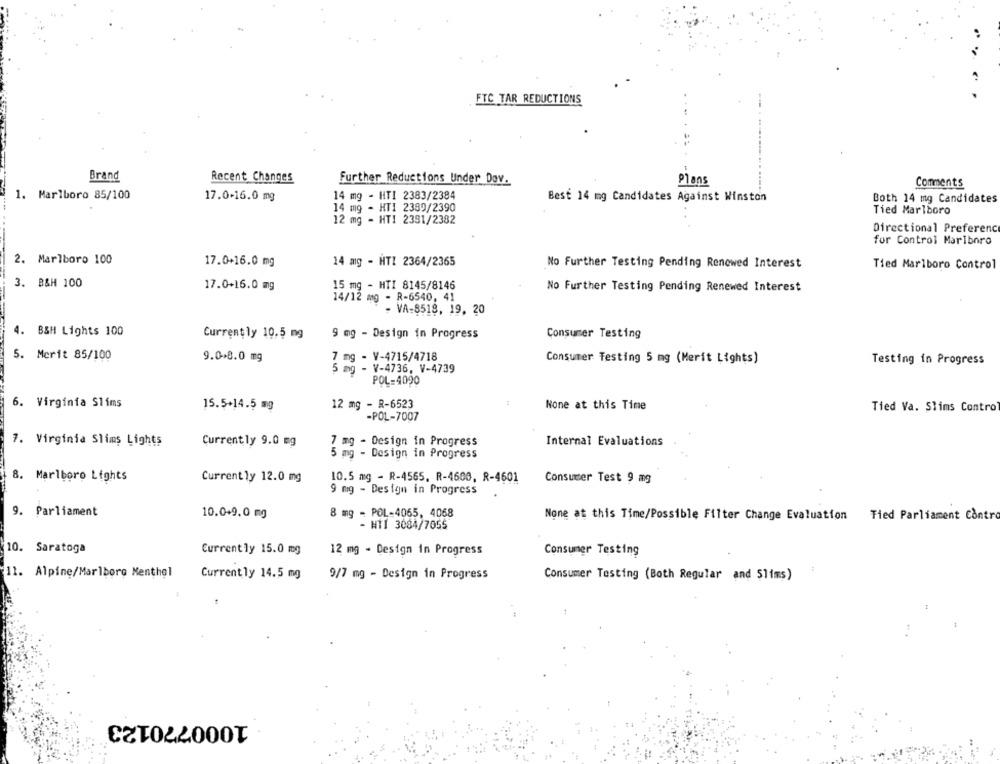
FTC TAR REDUCTIONS
Brand
Recent Changes
Further Reductions Under Dov.
Plans
Comments
1. Marlboro 85/100
17.0-16.0 mg
14 mg - HTI 2383/2384
Best 14 mg Candidates Against Winston
Both 14 mg Candidates
14 mg - HTI 2389/2390
Tied Marlboro
12 mg - HTI 2391/2382
Directional Preference
for Control Marlboro
2. Marlboro 100
17.0+16.0 mg
14 mg - HTI 2364/2365
No Further Testing Pending Renewed Interest
Tied Marlboro Control
3. B&H 100
17.0+16.0 mg
15 mg - HTI 8145/8146
No Further Testing Pending Renewed Interest
14/12 mg - R-6540, 41
- VA-8518, 19, 20
4. BSH Lights 100
Currently 10.5 mg
9 mg - Design in Progress
Consumer Testing
5. Merit 85/100
9.0+0.0 mg
7 mg - V-4715/4718
Consumer Testing 5 mg (Merit Lights)
Testing in Progress
- V-4736, V-4739
POL=4090
6. Virginia Slims
12 mg - R-6523
None at this Time
15.5+14.5 mg
Tied Va. Slims Contro
-POL-7007
7. Virginia Slims Lights
Currently 9.0 mg
7 mg - Design in Progress
Internal Evaluations
5 mg - Design in Progress
8.
Marlboro Lights
Current ly 12.0 mg
10.5 mg - R-4565, R-4600, R-4601
Consumer Test 9 mg
9 mg - Design in Progress
9. Parliament
8 mg - POL-4065, 4068
10.0+9.0 mg
None at this Time/Possible Filter Change Evaluation
Tied Parliament Contro
- HTI 3084/7055
10. Saratoga
Currently 15.0 mg
12 mg - Design in Progress
Consumer Testing
11. Alpine/Marlboro Menthel
Currently 14.5 mg
9/7 mg - Design in Progress
Consumer Testing (Both Regular and Slims)
1000770123